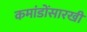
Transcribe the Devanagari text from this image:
कमांडोंसारखी